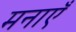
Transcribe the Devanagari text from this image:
मनाएँ